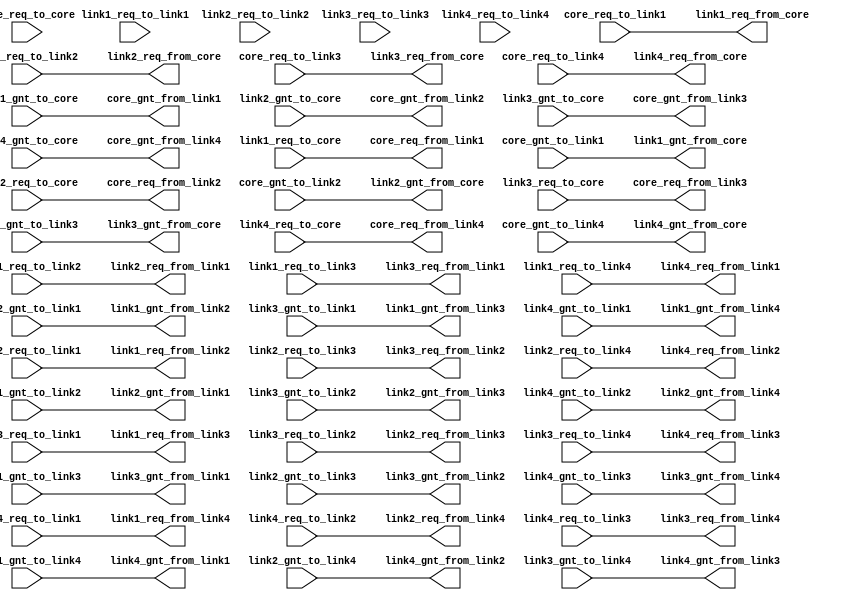

////////////////////////////////////////////////////////////////////////////////
// Company: 
// Engineer:
//
// Design Name:    
// Module Name:    crossbar
// Project Name:   
// Target Device:  
// Tool versions:  
// Description:
//
// Dependencies:
// 
// Revision:
// Revision 0.01 - File Created
// Additional Comments:
// 
////////////////////////////////////////////////////////////////////////////////
module crossbar(
core_req_to_core, core_req_to_link1, core_req_to_link2, core_req_to_link3, core_req_to_link4,
//core1_rok_to_core1, core1_rok_to_link1, core1_rok_to_link2, core1_rok_to_core2,
core_gnt_from_link1, core_gnt_from_link2, core_gnt_from_link3, core_gnt_from_link4,

link1_req_to_core, link1_req_to_link1, link1_req_to_link2, link1_req_to_link3, link1_req_to_link4,
//link1_rok_to_core1, link1_rok_to_link1, link1_rok_to_link2, link1_rok_to_core2,
link1_gnt_from_core, link1_gnt_from_link2, link1_gnt_from_link3, link1_gnt_from_link4,

link2_req_to_core, link2_req_to_link1, link2_req_to_link2, link2_req_to_link3, link2_req_to_link4,
//link2_rok_to_core1, link2_rok_to_link2, link2_rok_to_link1, link2_rok_to_core2,
link2_gnt_from_core, link2_gnt_from_link1, link2_gnt_from_link3, link2_gnt_from_link4,

link3_req_to_core, link3_req_to_link1, link3_req_to_link2, link3_req_to_link3, link3_req_to_link4,
//core2_rok_to_core1, core2_rok_to_link1, core2_rok_to_link2,	core2_rok_to_core2,
link3_gnt_from_core, link3_gnt_from_link1, link3_gnt_from_link2, link3_gnt_from_link4,

link4_req_to_core, link4_req_to_link1, link4_req_to_link2, link4_req_to_link3, link4_req_to_link4,
//core2_rok_to_core1, core2_rok_to_link1, core2_rok_to_link2,	core2_rok_to_core2,
link4_gnt_from_core, link4_gnt_from_link1, link4_gnt_from_link2, link4_gnt_from_link3,



core_gnt_to_link1, core_gnt_to_link2, core_gnt_to_link3, core_gnt_to_link4, 
core_req_from_link1, core_req_from_link2, core_req_from_link3, core_req_from_link4,
//core1_rok_from_link1, core1_rok_from_link2, core1_rok_from_core2,
 
link1_gnt_to_core, link1_gnt_to_link2, link1_gnt_to_link3, link1_gnt_to_link4,
link1_req_from_core, link1_req_from_link2, link1_req_from_link3, link1_req_from_link4,
//link1_rok_from_core1, link1_rok_from_link2,	link1_rok_from_core2,

link2_gnt_to_core, link2_gnt_to_link1, link2_gnt_to_link3, link2_gnt_to_link4,
link2_req_from_core, link2_req_from_link1, link2_req_from_link3, link2_req_from_link4, 
//link2_rok_from_core1, link2_rok_from_link1, link2_rok_from_core2,

link3_gnt_to_core, link3_gnt_to_link1, link3_gnt_to_link2, link3_gnt_to_link4,
link3_req_from_core, link3_req_from_link1, link3_req_from_link2, link3_req_from_link4, 
//core2_rok_from_core1, core2_rok_from_link1, core2_rok_from_link2

link4_gnt_to_core, link4_gnt_to_link1, link4_gnt_to_link2, link4_gnt_to_link3,
link4_req_from_core, link4_req_from_link1, link4_req_from_link2, link4_req_from_link3 
 
);

input core_req_to_core, core_req_to_link1, core_req_to_link2, core_req_to_link3, core_req_to_link4 ; 
//input core1_rok_to_core1, core1_rok_to_link1, core1_rok_to_link2, core1_rok_to_core2 ;
output core_gnt_from_link1, core_gnt_from_link2, core_gnt_from_link3, core_gnt_from_link4 ;

input link1_req_to_core, link1_req_to_link1, link1_req_to_link2, link1_req_to_link3, link1_req_to_link4  ;
//input link1_rok_to_core1, link1_rok_to_link1, link1_rok_to_link2, link1_rok_to_core2 ;
output link1_gnt_from_core, link1_gnt_from_link2, link1_gnt_from_link3, link1_gnt_from_link4 ;

input link2_req_to_core, link2_req_to_link1, link2_req_to_link2, link2_req_to_link3, link2_req_to_link4 ;
//input link2_rok_to_core1, link2_rok_to_link1, link2_rok_to_link2, link2_rok_to_core2 ;
output link2_gnt_from_core, link2_gnt_from_link1, link2_gnt_from_link3, link2_gnt_from_link4 ;

input link3_req_to_core, link3_req_to_link1, link3_req_to_link2, link3_req_to_link3, link3_req_to_link4 ;
//input core2_rok_to_core1, core2_rok_to_link1, core2_rok_to_link2, core2_rok_to_core2 ;
output link3_gnt_from_core, link3_gnt_from_link1, link3_gnt_from_link2, link3_gnt_from_link4 ;

input link4_req_to_core, link4_req_to_link1, link4_req_to_link2, link4_req_to_link3, link4_req_to_link4 ;
//input core2_rok_to_core1, core2_rok_to_link1, core2_rok_to_link2, core2_rok_to_core2 ;
output link4_gnt_from_core, link4_gnt_from_link1, link4_gnt_from_link2, link4_gnt_from_link3 ;

input core_gnt_to_link1, core_gnt_to_link2, core_gnt_to_link3, core_gnt_to_link4 ;
output core_req_from_link1, core_req_from_link2, core_req_from_link3, core_req_from_link4 ;
//output core1_rok_from_link1, core1_rok_from_link2, core1_rok_from_core2 ;
 
input link1_gnt_to_core, link1_gnt_to_link2, link1_gnt_to_link3, link1_gnt_to_link4 ;
output link1_req_from_core, link1_req_from_link2, link1_req_from_link3, link1_req_from_link4 ;
//output link1_rok_from_core1, link1_rok_from_link2,	link1_rok_from_core2 ;

input link2_gnt_to_core, link2_gnt_to_link1, link2_gnt_to_link3, link2_gnt_to_link4 ;
output link2_req_from_core, link2_req_from_link1, link2_req_from_link3, link2_req_from_link4 ;
//output link2_rok_from_core1, link2_rok_from_link1, link2_rok_from_core2 ;

input link3_gnt_to_core, link3_gnt_to_link1, link3_gnt_to_link2, link3_gnt_to_link4 ;
output link3_req_from_core, link3_req_from_link1, link3_req_from_link2, link3_req_from_link4 ;
//output core2_rok_from_core1, core2_rok_from_link1, core2_rok_from_link2 ; 

input link4_gnt_to_core, link4_gnt_to_link1, link4_gnt_to_link2, link4_gnt_to_link3 ;
output link4_req_from_core, link4_req_from_link1, link4_req_from_link2, link4_req_from_link3 ;

///////////////////////////////////////////////////////////////////////////////

assign link1_req_from_core = core_req_to_link1 ;
assign link2_req_from_core = core_req_to_link2 ;
assign link3_req_from_core = core_req_to_link3 ;
assign link4_req_from_core = core_req_to_link4 ;

assign core_req_from_link1 = link1_req_to_core ;
assign link2_req_from_link1 =	link1_req_to_link2 ;
assign link3_req_from_link1 = link1_req_to_link3 ;
assign link4_req_from_link1 =	link1_req_to_link4 ;

assign core_req_from_link2 =	link2_req_to_core ;
assign link1_req_from_link2 = link2_req_to_link1 ;
assign link3_req_from_link2 = link2_req_to_link3 ;
assign link4_req_from_link2 =	link2_req_to_link4 ;

assign core_req_from_link3  = link3_req_to_core  ;
assign link1_req_from_link3 =	link3_req_to_link1 ;
assign link2_req_from_link3 =	link3_req_to_link2 ;
assign link4_req_from_link3 =	link3_req_to_link4 ;

assign core_req_from_link4  = link4_req_to_core  ;
assign link1_req_from_link4 =	link4_req_to_link1 ;
assign link2_req_from_link4 =	link4_req_to_link2 ;
assign link3_req_from_link4 =	link4_req_to_link3 ;

//////////////////////////////////////////////////////////////////////////////

assign core_gnt_from_link1 = link1_gnt_to_core ;
assign core_gnt_from_link2 = link2_gnt_to_core ;
assign core_gnt_from_link3 = link3_gnt_to_core ;
assign core_gnt_from_link4 = link4_gnt_to_core ;

assign link1_gnt_from_core  = core_gnt_to_link1 ;
assign link1_gnt_from_link2 = link2_gnt_to_link1 ;
assign link1_gnt_from_link3 = link3_gnt_to_link1 ;
assign link1_gnt_from_link4 = link4_gnt_to_link1 ;

assign link2_gnt_from_core  = core_gnt_to_link2 ;
assign link2_gnt_from_link1 = link1_gnt_to_link2 ;
assign link2_gnt_from_link3 = link3_gnt_to_link2 ;
assign link2_gnt_from_link4 = link4_gnt_to_link2 ;

assign link3_gnt_from_core  = core_gnt_to_link3 ;
assign link3_gnt_from_link1 = link1_gnt_to_link3 ;
assign link3_gnt_from_link2 = link2_gnt_to_link3 ;
assign link3_gnt_from_link4 = link4_gnt_to_link3 ;

assign link4_gnt_from_core  = core_gnt_to_link4 ;
assign link4_gnt_from_link1 = link1_gnt_to_link4 ;
assign link4_gnt_from_link2 = link2_gnt_to_link4 ;
assign link4_gnt_from_link3 = link3_gnt_to_link4 ;

/////////////////////////////////////////////////////////////////////////////
/*
assign link1_rok_from_core1 = core1_rok_to_link1 ;
assign link2_rok_from_core1 = core1_rok_to_link2 ;
assign core2_rok_from_core1 = core1_rok_to_core2 ;

assign core1_rok_from_link1 = link1_rok_to_core1 ;
assign link2_rok_from_link1 =	link1_rok_to_link2 ;
assign core2_rok_from_link1 = link1_rok_to_core2 ;

assign core1_rok_from_link2 =	link2_rok_to_core1 ;
assign link1_rok_from_link2 = link2_rok_to_link1 ;
assign core2_rok_from_link2 = link2_rok_to_core2 ;

assign core1_rok_from_core2 = core2_rok_to_core1 ;
assign link1_rok_from_core2 =	core2_rok_to_link1 ;
assign link2_rok_from_core2 =	core2_rok_to_link2 ; 
*/
endmodule